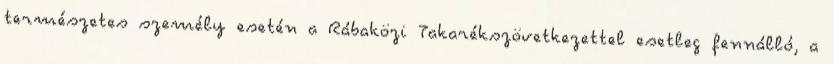
természetes személy esetén a Rábaközi Takarékszövetkezettel esetleg fennálló, a